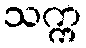
သက္က